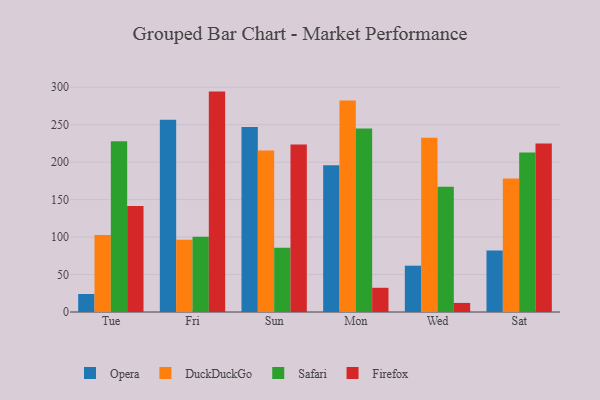
{"axis": {"x": "Day", "y": "Active Users"}, "legend": ["DuckDuckGo", "Firefox", "Opera", "Safari"], "data": [{"x": "Tue", "y": 24.0, "type": "Opera"}, {"x": "Tue", "y": 102.7, "type": "DuckDuckGo"}, {"x": "Tue", "y": 228.0, "type": "Safari"}, {"x": "Tue", "y": 141.4, "type": "Firefox"}, {"x": "Fri", "y": 256.5, "type": "Opera"}, {"x": "Fri", "y": 96.3, "type": "DuckDuckGo"}, {"x": "Fri", "y": 100.4, "type": "Safari"}, {"x": "Fri", "y": 294.1, "type": "Firefox"}, {"x": "Sun", "y": 247.0, "type": "Opera"}, {"x": "Sun", "y": 215.4, "type": "DuckDuckGo"}, {"x": "Sun", "y": 85.7, "type": "Safari"}, {"x": "Sun", "y": 223.4, "type": "Firefox"}, {"x": "Mon", "y": 195.7, "type": "Opera"}, {"x": "Mon", "y": 282.1, "type": "DuckDuckGo"}, {"x": "Mon", "y": 244.9, "type": "Safari"}, {"x": "Mon", "y": 32.3, "type": "Firefox"}, {"x": "Wed", "y": 61.8, "type": "Opera"}, {"x": "Wed", "y": 232.6, "type": "DuckDuckGo"}, {"x": "Wed", "y": 167.1, "type": "Safari"}, {"x": "Wed", "y": 12.1, "type": "Firefox"}, {"x": "Sat", "y": 82.0, "type": "Opera"}, {"x": "Sat", "y": 178.2, "type": "DuckDuckGo"}, {"x": "Sat", "y": 212.7, "type": "Safari"}, {"x": "Sat", "y": 224.9, "type": "Firefox"}]}